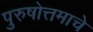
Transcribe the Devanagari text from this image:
पुरुषोत्तमाचे